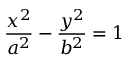
{ \frac { x ^ { 2 } } { a ^ { 2 } } } - { \frac { y ^ { 2 } } { b ^ { 2 } } } = 1